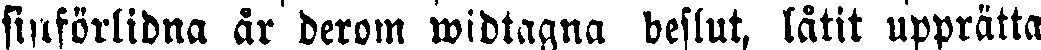
sinförlidna år derom widtagna beslut, låtit upprätta